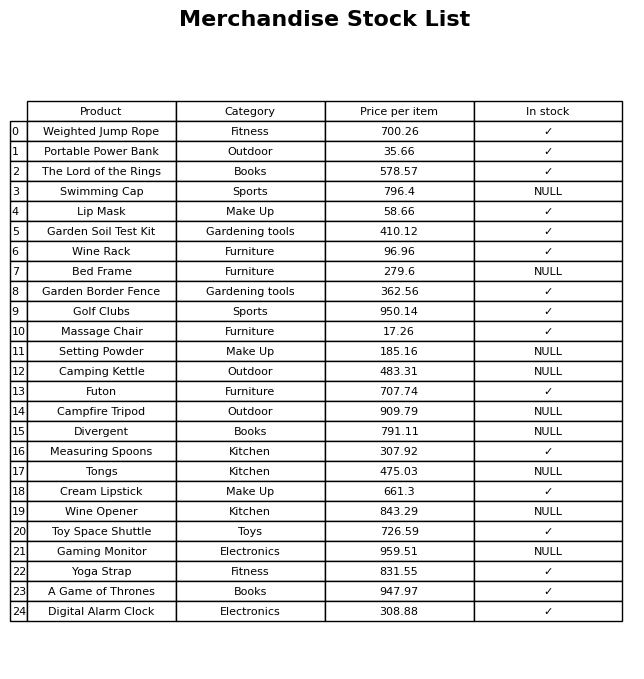
question: What is the price of the Weighted Jump Rope?
answer: The price of Weighted Jump Rope is 700.26.